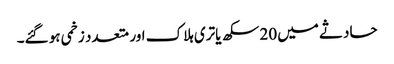
حادثے میں 20 سکھ یاتری ہلاک اور متعدد زخمی ہو گئے۔